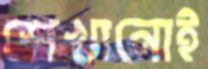
শেখানোই